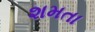
શમતા